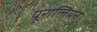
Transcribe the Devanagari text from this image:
यूरालियन